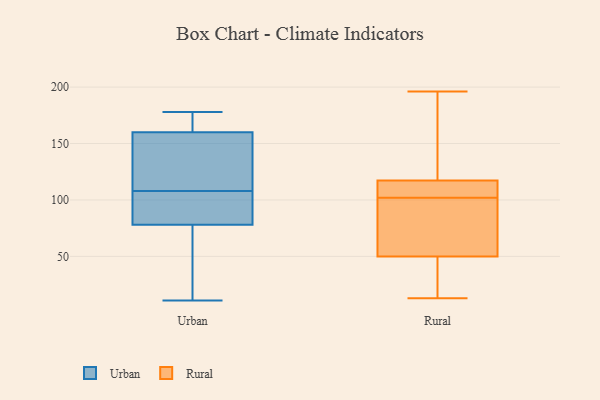
{"axis": {"x": "Latency (ms)", "y": "Value"}, "legend": ["Rural", "Urban"], "data": [{"x": "", "y": 108, "type": "Urban"}, {"x": "", "y": 109, "type": "Urban"}, {"x": "", "y": 11, "type": "Urban"}, {"x": "", "y": 61, "type": "Urban"}, {"x": "", "y": 178, "type": "Urban"}, {"x": "", "y": 67, "type": "Urban"}, {"x": "", "y": 89, "type": "Urban"}, {"x": "", "y": 106, "type": "Urban"}, {"x": "", "y": 102, "type": "Urban"}, {"x": "", "y": 170, "type": "Urban"}, {"x": "", "y": 75, "type": "Urban"}, {"x": "", "y": 110, "type": "Urban"}, {"x": "", "y": 169, "type": "Urban"}, {"x": "", "y": 140, "type": "Urban"}, {"x": "", "y": 170, "type": "Urban"}, {"x": "", "y": 157, "type": "Urban"}, {"x": "", "y": 79, "type": "Urban"}, {"x": "", "y": 115, "type": "Rural"}, {"x": "", "y": 13, "type": "Rural"}, {"x": "", "y": 24, "type": "Rural"}, {"x": "", "y": 56, "type": "Rural"}, {"x": "", "y": 196, "type": "Rural"}, {"x": "", "y": 62, "type": "Rural"}, {"x": "", "y": 88, "type": "Rural"}, {"x": "", "y": 105, "type": "Rural"}, {"x": "", "y": 17, "type": "Rural"}, {"x": "", "y": 118, "type": "Rural"}, {"x": "", "y": 20, "type": "Rural"}, {"x": "", "y": 102, "type": "Rural"}, {"x": "", "y": 106, "type": "Rural"}, {"x": "", "y": 169, "type": "Rural"}, {"x": "", "y": 96, "type": "Rural"}, {"x": "", "y": 168, "type": "Rural"}, {"x": "", "y": 48, "type": "Rural"}, {"x": "", "y": 114, "type": "Rural"}, {"x": "", "y": 196, "type": "Rural"}]}